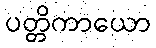
ပတ္တိကာယော